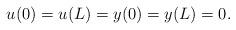
LaTeX: \begin{align*}u(0)=u(L)=y(0)=y(L)=0.\end{align*}